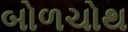
બોળચોથ